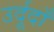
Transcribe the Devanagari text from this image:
उर्दूदाँ